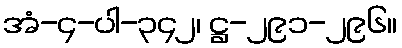
အံ-၄-ပါ-၃၄၂၊ ဋ္ဌ-၂၉၁-၂၉၆။